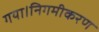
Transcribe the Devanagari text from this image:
गया।निगमीकरण